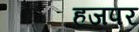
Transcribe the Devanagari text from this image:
हजपर